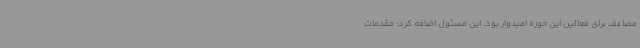
مضاعف برای فعالین این حوزه امیدوار بود. این مسئول اضافه کرد: مقدمات